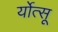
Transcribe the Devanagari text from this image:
र्योत्सू